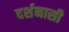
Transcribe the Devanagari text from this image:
दर्शनासी